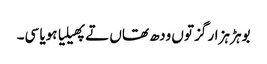
بوہڑ ہزار گز توں ودھ تھاں تے پھیلیا ہویا سی۔